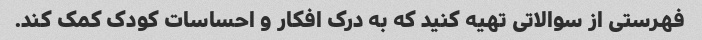
فهرستی از سوالاتی تهیه کنید که به درک افکار و احساسات کودک کمک کند.